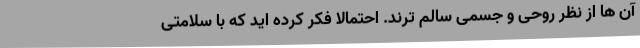
آن ها از نظر روحی و جسمی سالم ترند. احتمالاً فکر کرده اید که با سلامتی